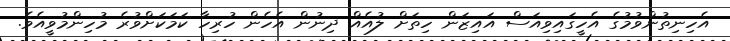
އެހިނިތުންވުމުގެ އެހީގައިވިއަސް އައިޒަން ހިތަށް ލުއެއް ދިނުން އެހެން ހުރިހާ ކަމަކަށްވުރެ މުހިންމުވީއެވެ.